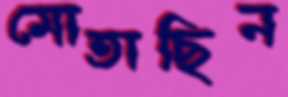
মোতাছিন